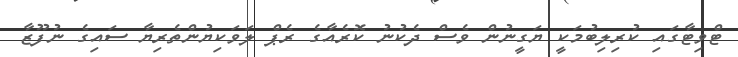
ޓްވިޓާގައި ކުރިލިބުމަކީ ޔަގީނުން ވެސް ދެކުނު ކޮރެއާގެ ރެޕް ލަވަކިޔުންތެރިޔާ ސައިގެ ނުފޫޒާ